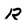
Character: R